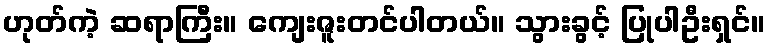
ဟုတ်ကဲ့ ဆရာကြီး။ ကျေးဇူးတင်ပါတယ်။ သွားခွင့် ပြုပါဦးရှင်။